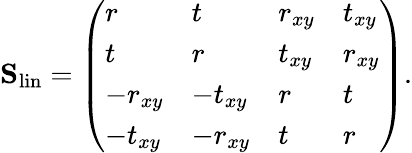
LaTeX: \mathbf{S}_{\mathrm{lin}}=\left(\begin{array}{llll}{r}&{t}&{r_{xy}}&{t_{xy}}\\ {t}&{r}&{t_{xy}}&{r_{xy}}\\ {-r_{xy}}&{-t_{xy}}&{r}&{t}\\ {-t_{xy}}&{-r_{xy}}&{t}&{r}\end{array}\right).